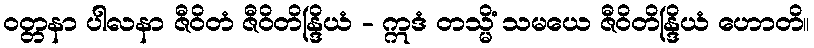
ဝတ္တနာ ပါလနာ ဇီဝိတံ ဇီဝိတိန္ဒြိယံ - ဣဒံ တသ္မိံ သမယေ ဇီဝိတိန္ဒြိယံ ဟောတိ။